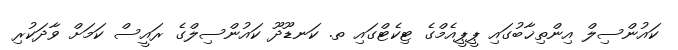
ކައުންސިލް އިންތިޚާބުގައި ޕީޕީއެމްގެ ޓިކެޓްގައި ތ. ކަނޑޫދޫ ކައުންސިލްގެ ރައީސް ކަމަށް ވާދަކުރި